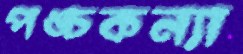
পঙ্চকন্যা